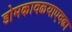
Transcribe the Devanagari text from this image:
डोमकावळ्याएवढा